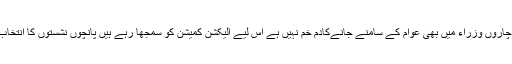
اس کے چاروں وزراء میں بھی عوام کے سامنے جانےکادم خم نہیں ہے اس لیے الیکشن کمیشن کو سمجھا رہے ہیں پانچوں نشستوں کا انتخاب کرائے۔